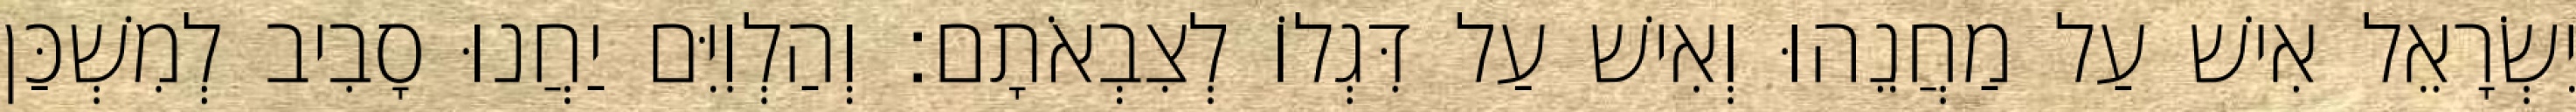
יִשְׂרָאֵל אִישׁ עַל מַחֲנֵהוּ וְאִישׁ עַל דִּגְלוֹ לְצִבְאֹתָם׃ וְהַלְוִיִּם יַחֲנוּ סָבִיב לְמִשְׁכַּן